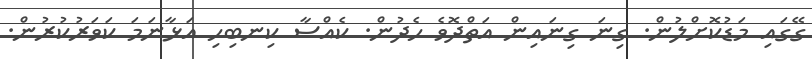
ގޭގައި މަޑުކޮށްލުން. ގިނަ ގިނައިން އަތްދޮވެ ހެދުން. ކެއްސާ ކިނބިހި އަޅާނަމަ ކަވަރުކުރުން.